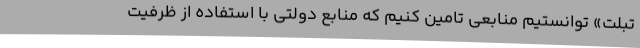
تبلت» توانستیم منابعی تامین کنیم که منابع دولتی با استفاده از ظرفیت